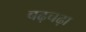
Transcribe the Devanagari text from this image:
बढ़चढ़ा